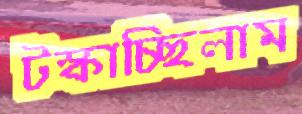
টস্‌কাচ্ছিলাম